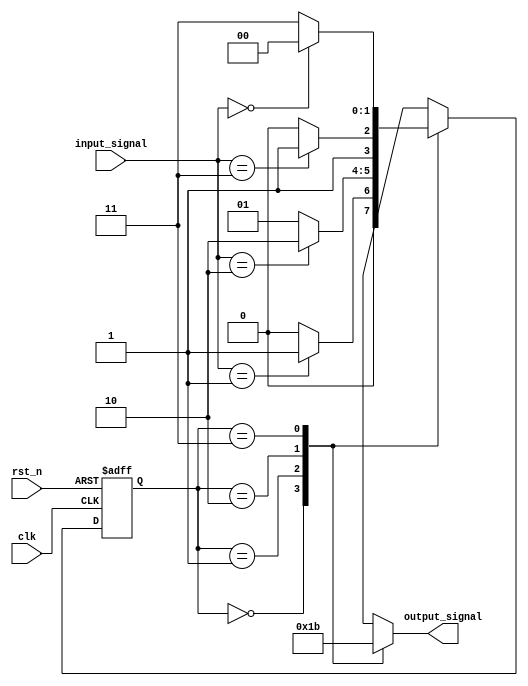
module ParameterizedStateMachine #(
    parameter NUM_STATES = 4,      // Number of states
    parameter INPUT_WIDTH = 2,      // Width of input
    parameter OUTPUT_WIDTH = 2       // Width of output
)(
    input wire clk,                  // Clock input
    input wire rst_n,                // Active low reset
    input wire [INPUT_WIDTH-1:0] input_signal, // Input signals
    output reg [OUTPUT_WIDTH-1:0] output_signal // Output signals
);

    // State definitions using local parameters
    localparam STATE_0 = 2'b00;
    localparam STATE_1 = 2'b01;
    localparam STATE_2 = 2'b10;
    localparam STATE_3 = 2'b11;

    // State register
    reg [1:0] current_state, next_state;

    // Synchronous reset and state update
    always @(posedge clk or negedge rst_n) begin
        if (!rst_n) begin
            current_state <= STATE_0; // Initialize to starting state
        end else begin
            current_state <= next_state; // Update state on clock edge
        end
    end

    // Next state logic
    always @(*) begin
        case (current_state)
            STATE_0: begin
                if (input_signal == 2'b01)
                    next_state = STATE_1;
                else
                    next_state = STATE_0;
            end
            STATE_1: begin
                if (input_signal == 2'b10)
                    next_state = STATE_2;
                else
                    next_state = STATE_1;
            end
            STATE_2: begin
                if (input_signal == 2'b11)
                    next_state = STATE_3;
                else
                    next_state = STATE_2;
            end
            STATE_3: begin
                if (input_signal == 2'b00)
                    next_state = STATE_0;
                else
                    next_state = STATE_3;
            end
            default: next_state = STATE_0; // Default case
        endcase
    end

    // Output logic
    always @(*) begin
        case (current_state)
            STATE_0: output_signal = 2'b00;
            STATE_1: output_signal = 2'b01;
            STATE_2: output_signal = 2'b10;
            STATE_3: output_signal = 2'b11;
            default: output_signal = 2'b00; // Default output
        endcase
    end

endmodule